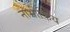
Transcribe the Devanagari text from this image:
नाभीकिय